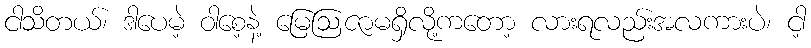
ငါသိတယ်၊ ဒါပေမဲ့ ဝါစေ့နဲ့ မြေဩဇာမရှိလို့ကတော့ လားရလည်းအလကားပဲ၊ ငါ့